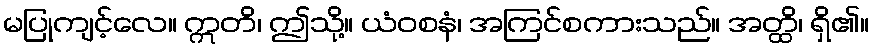
မပြုကျင့်လေ။ ဣတိ၊ ဤသို့။ ယံဝစနံ၊ အကြင်စကားသည်။ အတ္ထိ၊ ရှိ၏။